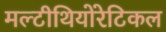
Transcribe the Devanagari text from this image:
मल्टीथियोरेटिकल